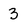
Character: 3